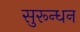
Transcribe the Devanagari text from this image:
सुरून्धन